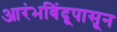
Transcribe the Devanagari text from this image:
आरंभबिंदूपासून